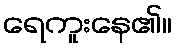
ရေကူးနေ၏။